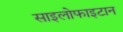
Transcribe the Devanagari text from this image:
साइलोफाइटान